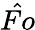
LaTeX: \hat{Fo}